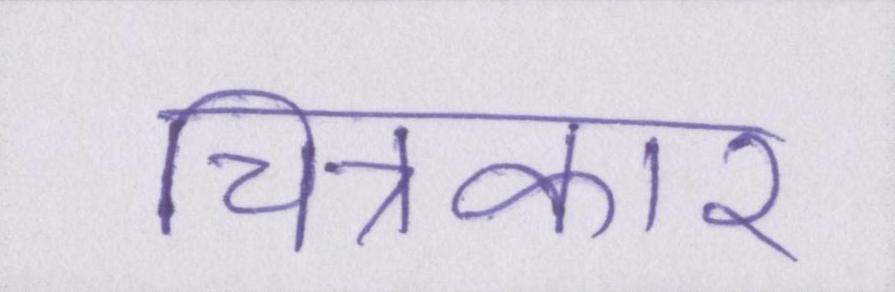
चित्रकार